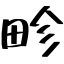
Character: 畛